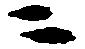
ニ